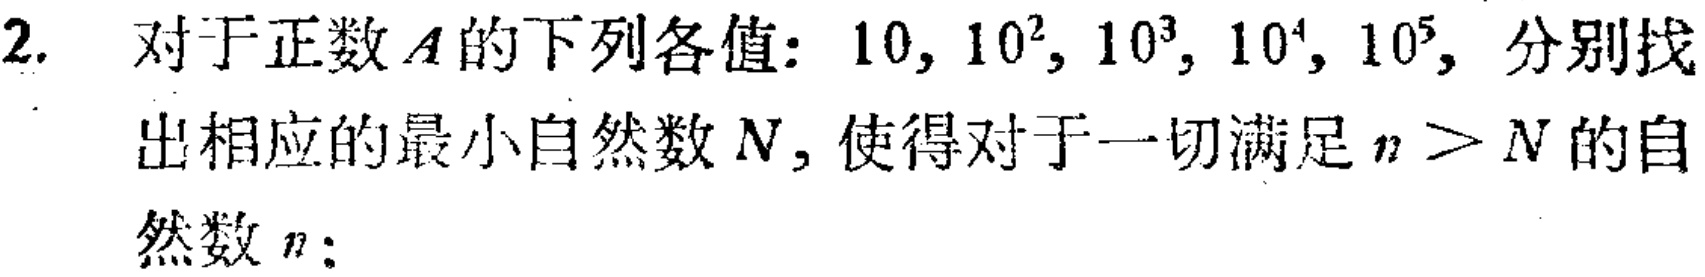
2. 对于正数\(A\)的下列各值：\(10,10^{2},10^{3},10^{4},10^{5}\)，分别找出相应的最小自然数\(N\)，使得对于一切满足\(n > N\)的自然数\(n\)：